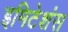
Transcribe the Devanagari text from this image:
इमिटेशंस